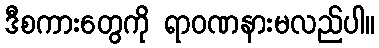
ဒီစကားတွေကို ရာဝဏနားမလည်ပါ။